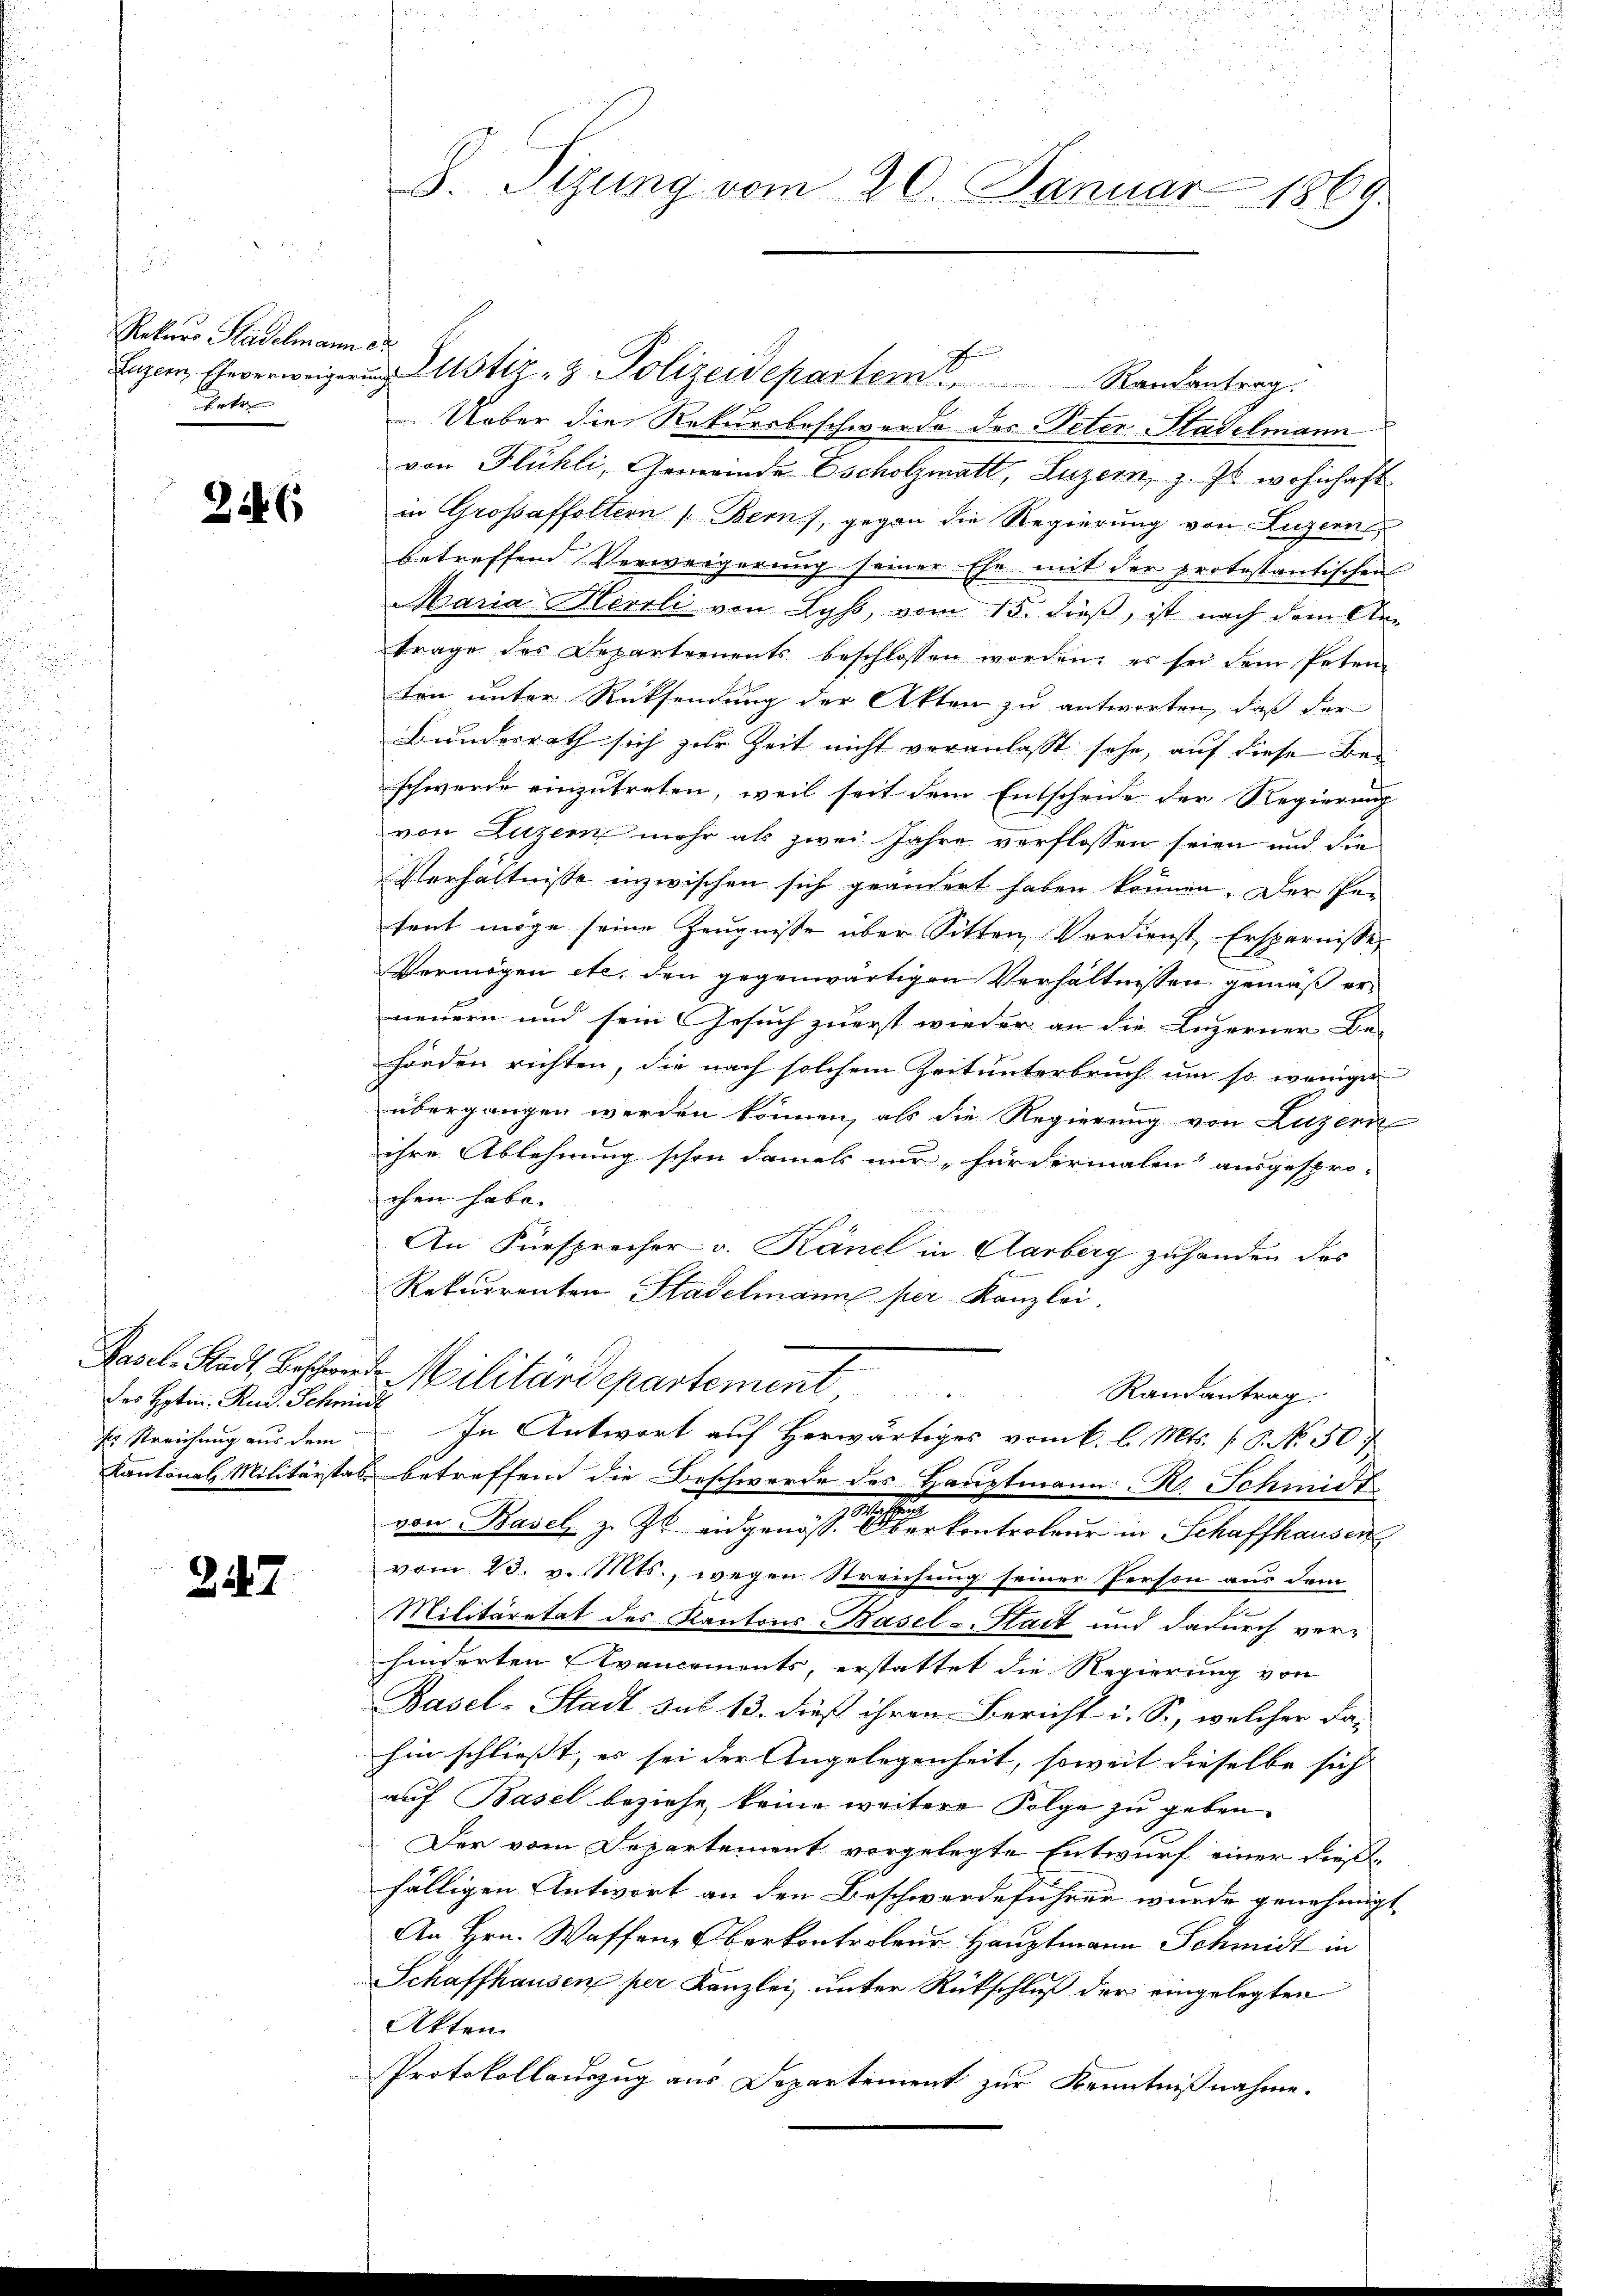
Rekurs Stadelmann e
gaten

254. 6

des Hptin. Rud. Schmidt
ss Streichung aus dem

217

Ueber die Rekursbeschwerde des Peter Stadelmann
von Flühli, Gemeinde Escholzmatt, Luzern, z. Js. wohnhaft
in Großaffoltern /: Bern), gegen die Regierung von Luzern
betreffend Verweigerung seiner Ehe mit der protestantischen
Maria Herrli von Lyss, vom 15. dieß, ist nach dem An-
trage des Departements beschlossen worden; es sei dem Peten
ten unter Rücksendung der Akten zu antworten, daß der
Bunderrath sich zur Zeit nicht veranlasst sehe, auf diese Beschwerde einzutreten, weil seit dem Entscheide der Regierung
von Luzern mehr als zwei Jahre verflossen seien und die
Verhältnisse inzwischen sich geändert haben können. Der Pe-
tent möge seine Zeugnisse über Sitten Verdienst Ersparnisse,
Vermögen etc. den gegenwärtigen Verhältnissen gemäß erneuern und sein Gesuch zuerst wieder an die Luzerner Be-
hörden richten, die nach solchem Zeitunterbruch um so weniger
übergangen werden können, als die Regierung von Luzern
ihre Ablehnung schon damals nur für dermalen ausgesproohen habe.
An: Fürsprecher v. Känel in Aarberg zuhanden das
Rekurrenten Stadelmanne per Kanzlei,
Paal. Stadt Bohland Militärdepartement
Randantrag.
In Antwort auf Herwärtiges vom 6. l. Mts. f. 6. No. 50 f
Kantonal Militärstal betreffend die Beschwerde des Hauptmann R. Schmidt
von Basel z. Zt. eidgenößen aber kontroleur in Schaffhausen
vom 23. v. Mts., wegen Streichung seiner Person aus dem
Militäretat des Kantons-Basel-Stadt und dadurch verhinderten Evancements, erstattet die Regierung von
Basel-Stadt sub 13. dieß ihren Bericht i. S., welcher da-
hin schliesst, es sei der Angelegenheit, soweit dieselbe sich
auf Basel beziehe, keine weitere Folge zu geben.
Der vom Departement vorgelegte Entwurf einer dießfälligen Antwort an den Beschwerdeführer wurde genehmigt
An Hrn. Waffene Oberkontroleur Hauptmann Schmidt in
Schaffhausen per Kanzlei unter Rückschluß der eingelegten
Akten
Protokollauszug aus Departement zur Kenntnißnahme.

x
8. Sizung vom 20. Januar 1869.

Enzer Eheverweiger Justiz- & Polizeidepartem Randantrag.

c